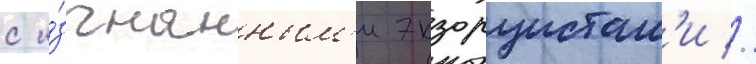
с и́згнанным'и экзорцистам'и //